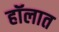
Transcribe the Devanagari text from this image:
हॉलात